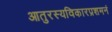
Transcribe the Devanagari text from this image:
आतुरस्यविकारप्रशमनं